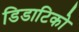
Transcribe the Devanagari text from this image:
डिडाटिको